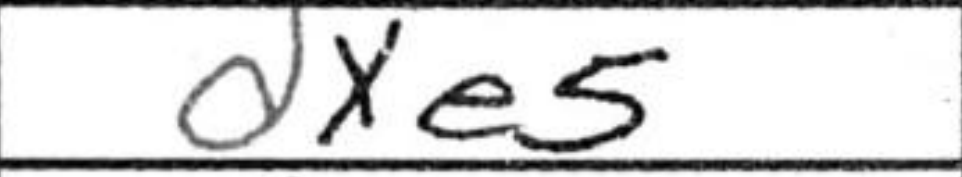
Transcription: dxe5